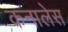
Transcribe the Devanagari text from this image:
कनालेस